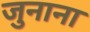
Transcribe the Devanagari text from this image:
जुनाना